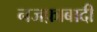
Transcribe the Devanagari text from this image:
नजफ़ाबादी